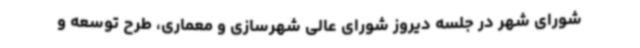
شورای شهر در جلسه دیروز شورای عالی شهرسازی و معماری، طرح توسعه و